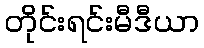
တိုင်းရင်းမီဒီယာ